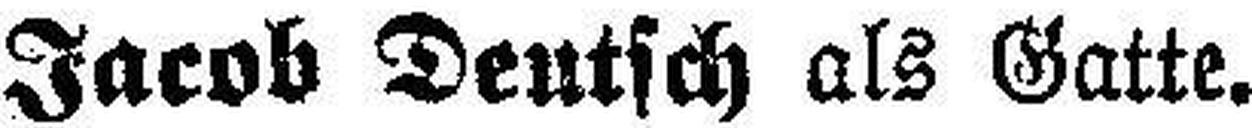
Jacob Deutsch als Gatte.